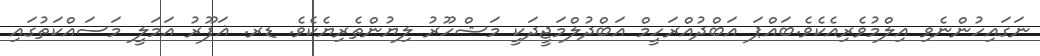
ނަގައިހުންނެވި އިލްމުވެރިއެކެވެ.ބައްޕަ އަބްދުއްރަހީމް އަބްދުލްމަޖީދަކީ މަޝްހޫރު ލިޔުންތެރިޔެކެވެ. ޑރ. ޣަފޫރު އަމަލީ މަސައްކަތުގައި